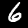
Label: 6